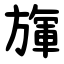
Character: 㫎